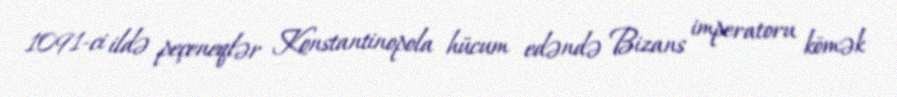
1091-ci ildə peçeneqlər Konstantinopola hücum edəndə Bizans imperatoru kömək